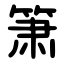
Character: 箫